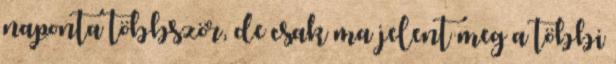
naponta többször, de csak ma jelent meg a többi